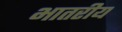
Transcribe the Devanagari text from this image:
भातरीय